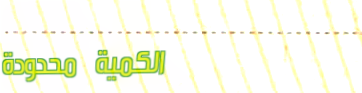
الكمية محدودة